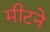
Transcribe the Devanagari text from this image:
मीटने